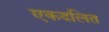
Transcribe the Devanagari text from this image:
एकदलित